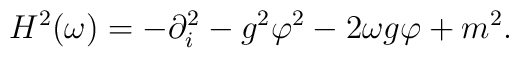
H^2(\omega)=-\partial_i^2-g^2\varphi^2-2\omega g\varphi +m^2.